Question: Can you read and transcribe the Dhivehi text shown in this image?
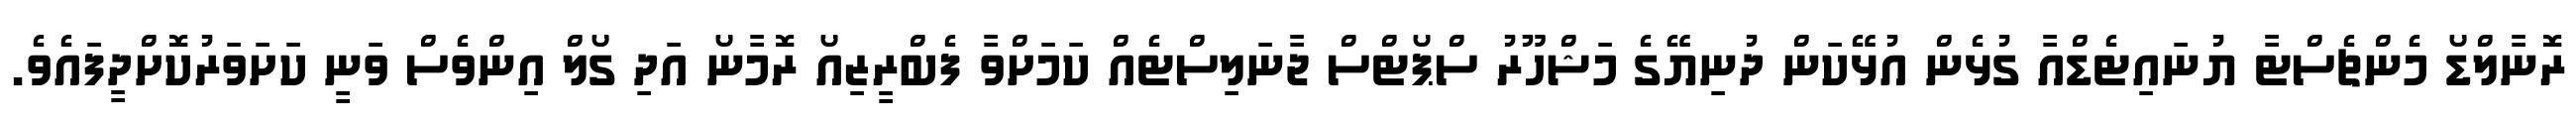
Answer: ރޮނާލްޑޯ މެންޗެސްޓާ ޔުނައިޓެޑްއާ ގުޅެން އުޅޭކަން ދުނިޔޭގެ މަޝްހޫރު ސްޕޯޓްސް ޖާނަލިސްޓެއް ކަމަށްވާ ފެބްރީޒިއޯ ރޮމާނޯ އަދި ގޯލް އިންވެސް ވަނީ ކަށަވަރުކޮށްދީފައެވެ.